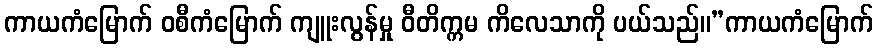
ကာယကံမြောက် ဝစီကံမြောက် ကျူးလွန်မှု ဝီတိက္ကမ ကိလေသာကို ပယ်သည်။”ကာယကံမြောက်